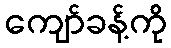
ကျော်ခန့်ကို